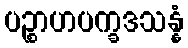
ပဉ္စာဟပက္ခဒသန္နံ